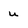
Character: u